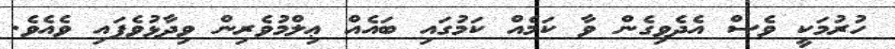
ހުރުމަކީ ވެސް އެދެވިގެން ވާ ކަމެއް ކަމުގައި ބައެއް ޢިލްމުވެރިން ވިދާޅުވެފައި ވެއެވެ.